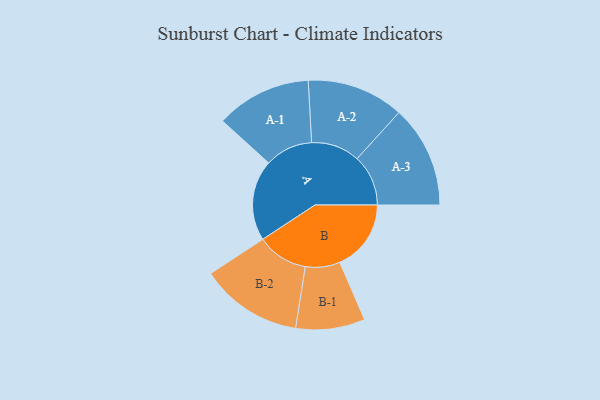
{"axis": {"x": "Segment", "y": "Value"}, "legend": ["", "A", "B"], "data": [{"x": "A", "y": 313, "type": ""}, {"x": "B", "y": 276, "type": ""}, {"x": "A-1", "y": 185, "type": "A"}, {"x": "A-2", "y": 188, "type": "A"}, {"x": "A-3", "y": 198, "type": "A"}, {"x": "B-1", "y": 134, "type": "B"}, {"x": "B-2", "y": 198, "type": "B"}]}